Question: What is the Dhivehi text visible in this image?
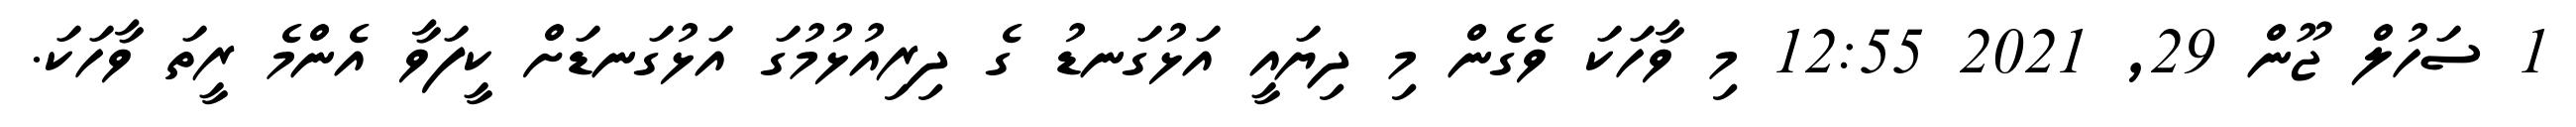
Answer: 1 ސަހުލް ޖޫން 29, 2021 12:55 މި ވާހަކަ ވެގެން މި ދިޔައީ އަޅުގަނޑު ގެ ދިރިއުޅުމުގަ އަޅުގަނޑަށް ކީފަވާ އެންމެ ރީތަ ވާހަކަ.